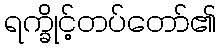
ရက္ခိုင့်တပ်တော်၏